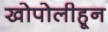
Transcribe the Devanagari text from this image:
खोपोलीहून